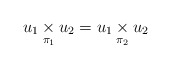
\begin{align*} u_1\underset{\pi_1}{\times}u_2 = u_1\underset{\pi_2}{\times}u_2 \end{align*}